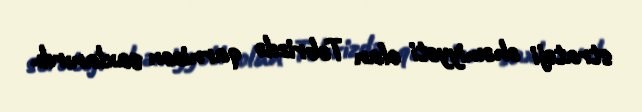
strateji əhəmiyyəti olan Təbrizdə qarnizon saxlanırdı.